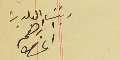
رئيس البلدية ابراهىم الحىاط